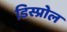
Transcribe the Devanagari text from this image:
डिस्प्रोल